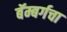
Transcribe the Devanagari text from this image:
बॅम्बर्गचा